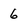
Character: 6